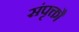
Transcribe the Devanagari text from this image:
संपृक्तौ